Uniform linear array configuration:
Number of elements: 8
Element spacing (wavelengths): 1
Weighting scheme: exponential
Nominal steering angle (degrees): -15
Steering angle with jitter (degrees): -16.852
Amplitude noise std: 0.05
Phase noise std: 0.05

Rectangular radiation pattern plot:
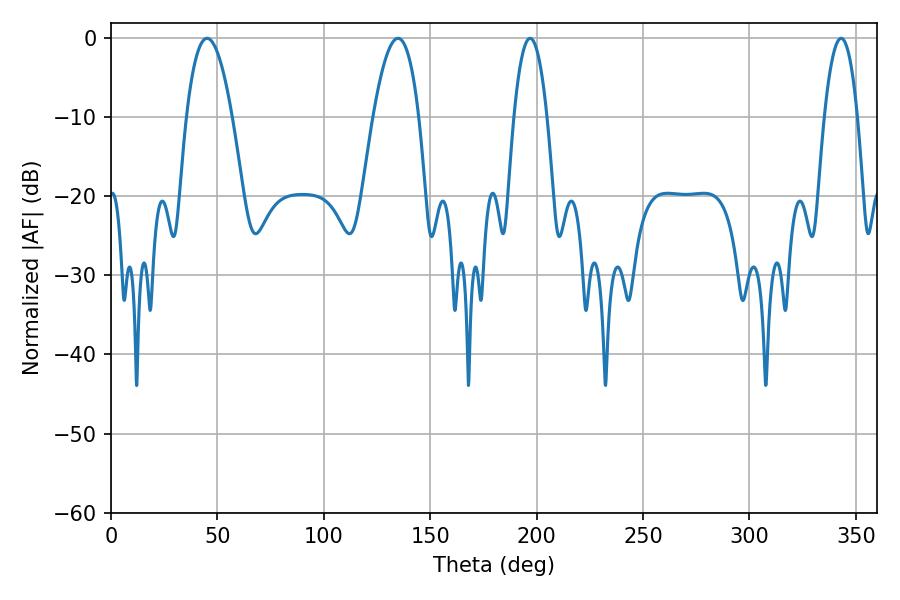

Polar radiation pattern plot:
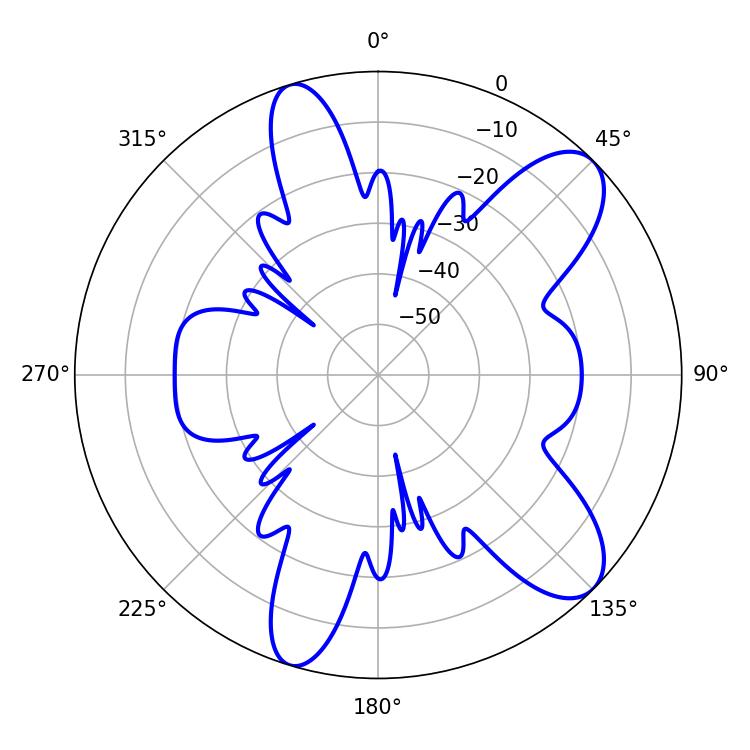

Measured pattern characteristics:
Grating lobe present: TRUE
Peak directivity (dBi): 9.563
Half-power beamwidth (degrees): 8.64
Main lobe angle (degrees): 196.92